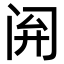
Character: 𫔰